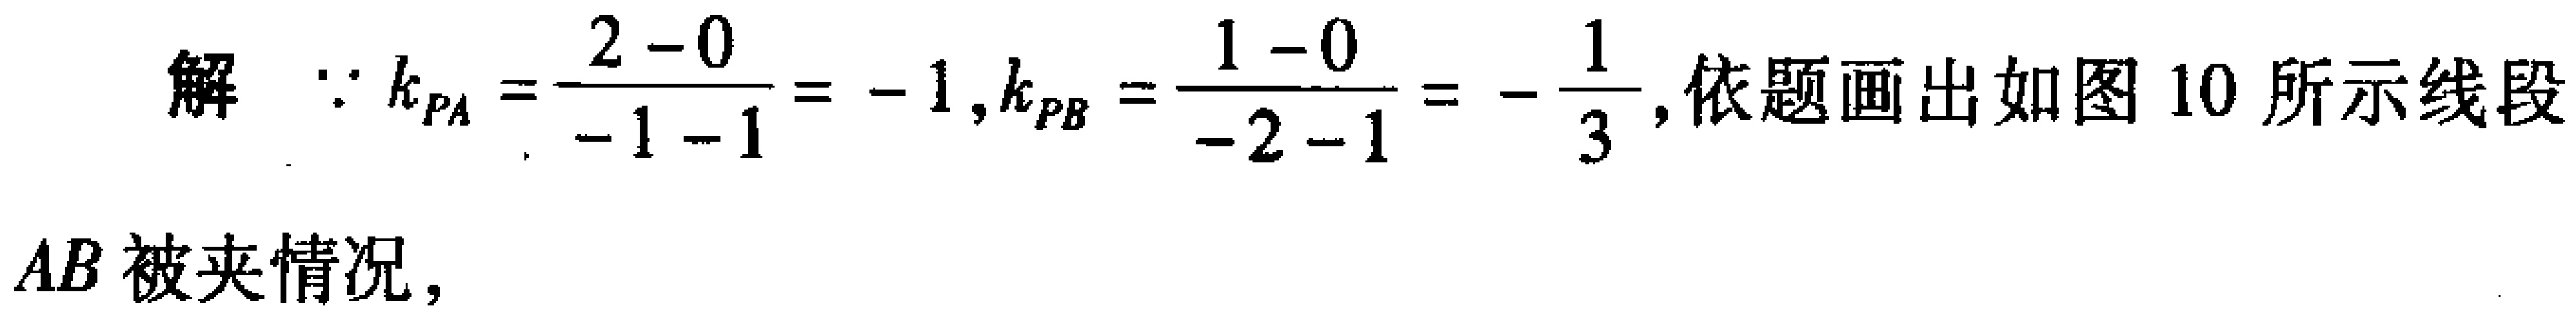
解 $\because k_{PA}=\frac{2 - 0}{-1 - 1} = -1,k_{PB}=\frac{1 - 0}{-2 - 1}=-\frac{1}{3}$, 依题画出如图 10 所示线段
$AB$ 被夹情况，